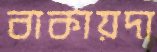
বাকায়দা